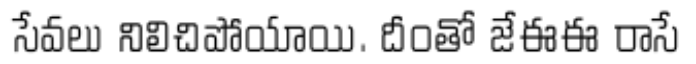
సేవలు నిలిచిపోయాయి. దీంతో జేఈఈ రాసే